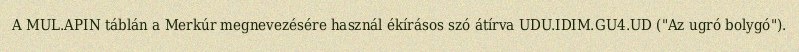
A MUL.APIN táblán a Merkúr megnevezésére használ ékírásos szó átírva UDU.IDIM.GU4.UD ("Az ugró bolygó").